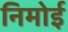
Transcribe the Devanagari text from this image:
निमोई